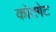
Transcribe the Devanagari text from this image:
कोटगेट